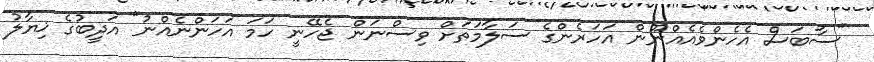
"ސާބަސް އެހެންވެއެއްނޫން އަހަރެންގެ ސަލާމަތަށް ވިސްނަން ޖެހޭނީ ހަމަ އަހަންނެއްނު" އަދީބުގެ ޚިޔާލު